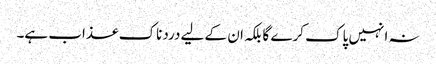
نہ انہیں پاک کرے گا بلکہ ان کے لیے دردناک عذاب ہے۔